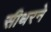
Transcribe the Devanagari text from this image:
सीधरने